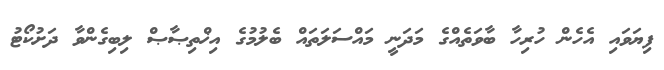
ފިޔަވައި އެހެން ހުރިހާ ބާވަތެއްގެ މަދަނީ މައްސަލަތައް ބެލުމުގެ އިޚްތިޞާޞް ލިބިގެންވާ ދަށުކޯޓު